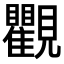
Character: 𧢩